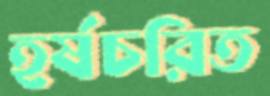
হর্ষচরিত